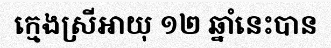
ក្មេងស្រីអាយុ ១២ ឆ្នាំនេះបាន